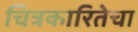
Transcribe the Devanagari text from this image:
चित्रकारितेचा